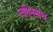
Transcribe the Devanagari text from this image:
लक्ष्मिनाथ